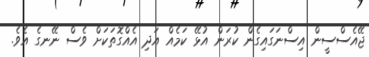
ޖޭއެސްސީން އިސްނަގައިގެން ކުރަން އުޅޭ ކަމެއް އަދި އެއްގޮތަކަށް ވެސް ނޭނގެ އެވެ.